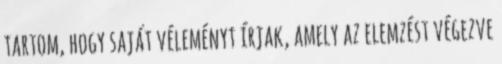
tartom, hogy saját véleményt írjak, amely az elemzést végezve